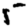
Digit: 5